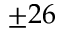
\pm 2 6